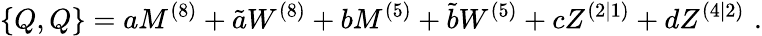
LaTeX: {}\{ Q,Q\} =aM^{(8)}+\tilde{a}W^{(8)}+bM^{(5)}+\tilde{b}W^{(5)}+cZ^{(2|1)}+dZ^{(4|2)}\, \, .